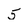
Character: 5